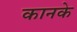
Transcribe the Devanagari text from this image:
कानके